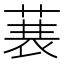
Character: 𮏣